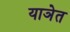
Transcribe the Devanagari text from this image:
याञेत